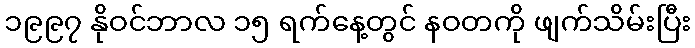
၁၉၉၇ နိုဝင်ဘာလ ၁၅ ရက်နေ့တွင် နဝတကို ဖျက်သိမ်းပြီး